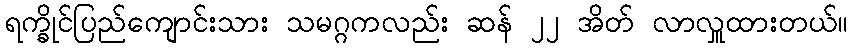
ရက္ခိုင်ပြည်ကျောင်းသား သမဂ္ဂကလည်း ဆန် ၂၂ အိတ် လာလှူထားတယ်။